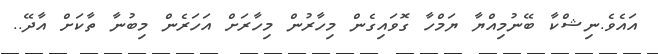
އައެވެ.ނިޝްކާ ބޭނުމިއްޔާ ޔަމްހާ ގޮވައިގެން މިހާރުން މިހާރަށް އަހަރެން މިބުނާ ތާކަށް އާދޭ..